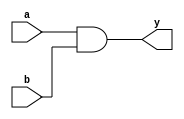
module first_gate(input a,b, output y);
	assign y = a & b; // a and b next or with c
	// assign y = (a) ? b: c; // MUX 
	// assign y = ~a & ~b & ~c | a & ~b & ~c | a & ~b & ~c;
endmodule